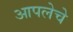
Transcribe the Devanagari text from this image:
आपलेचे